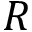
R